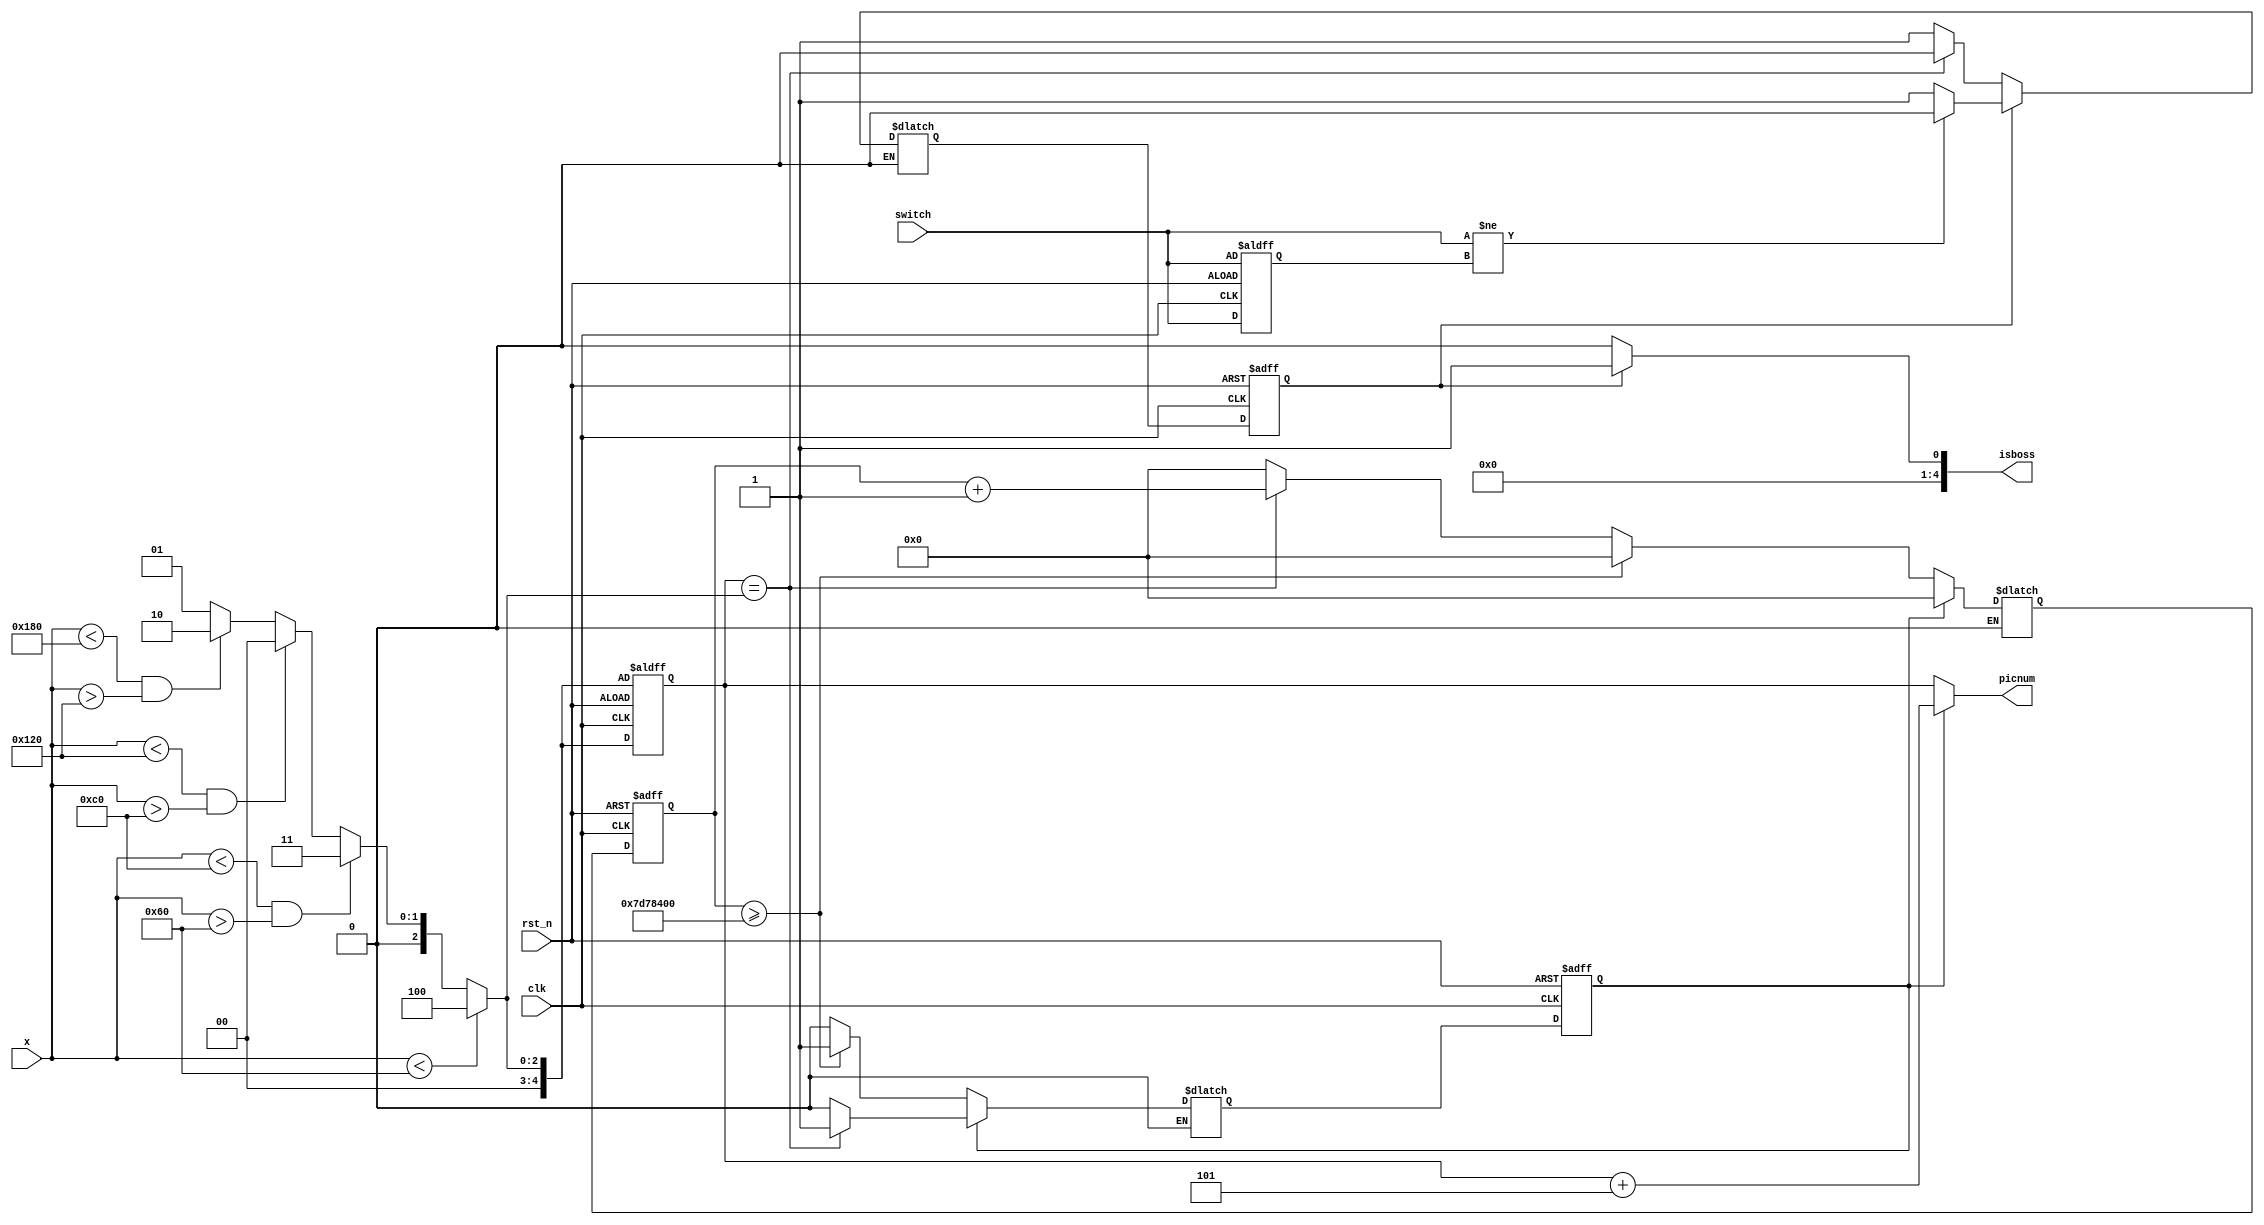
module PICselector(
                    clk,  // 50M
                    rst_n,
                    x, // 0~639
                    switch,
                    picnum,
                    isboss
                    );
    input        clk, rst_n, switch;
    input  [9:0] x;
    output [4:0] picnum, isboss;

    localparam DISPSIZE  = 10'd480;
    // localparam MAXTIME   = 27'd100;
    localparam MAXTIME   = 27'd400000000; // about 4 sec 
    // localparam MDMAXTIME = 27'd10000000; // about 0.1 sec 
    localparam M         = 5'd0; // With Smile: PICNUM plus 5
    localparam L         = 5'd1;
    localparam ML        = 5'd2;
    localparam MR        = 5'd3;
    localparam R         = 5'd4;

    localparam GAME      = 5'd0;
    localparam BOSS      = 5'd1;

    localparam NORMAL    = 1'd0;
    localparam SMILING   = 1'd1;

    localparam PLAY      = 1'd0;
    localparam WORK      = 1'd1;


    reg    [26:0] counter_r, counter_w;
    // reg    [26:0] bosscounter_r, bosscounter_w;
    // reg    [26:0] mdcounter_r, mdcounter_w; 
    reg           state_r, state_w;
    reg           bossstate_r, bossstate_w;
    reg    [4:0]  mdstate_r;
    reg           switch_r;
    wire   [4:0]  modeLR;

    // reg    [4:0]  modeLR_1_r, modeLR_1_w, modeLR_2_r, modeLR_2_w, modeLR_3_r, modeLR_3_w, modeLR_4_r, modeLR_4_w; 
    // reg    [4:0]  modeLR_5_r, modeLR_5_w, modeLR_6_r, modeLR_6_w, modeLR_7_r, modeLR_7_w, modeLR_8_r, modeLR_8_w; 
     
    // reg    [4:0]  picnum_r, picnum_w ; 

    assign modeLR = (x < DISPSIZE / 5) ? R
    : ((x < DISPSIZE / 5 * 2 && x > DISPSIZE / 5) ? MR
    : ((x < DISPSIZE / 5 * 3 && x > DISPSIZE / 5 * 2) ? M
    : ((x < DISPSIZE / 5 * 4 && x > DISPSIZE / 5 * 3) ? ML
    : L
    )));

    assign picnum = (state_r == SMILING) ? mdstate_r + 5 : mdstate_r;
    assign isboss = (bossstate_r == WORK) ? BOSS : GAME;
    // assign picnum = picnum_r;

    always@(*) begin
        if (state_r == NORMAL) begin
            if (counter_r >= MAXTIME) begin
                counter_w = 27'b0;
                state_w = SMILING;
            end
            else if (mdstate_r == modeLR) begin
                counter_w = counter_r + 1;
                state_w = NORMAL;
            end
            else begin
                counter_w = 27'b0;
                state_w = NORMAL;
            end
        end
        else if (state_r == SMILING) begin
            counter_w = 27'b0;
            if (mdstate_r == modeLR) begin
                state_w = SMILING;
            end
            else begin
                state_w = NORMAL;
            end
        end


        // Boss Detector
        if (bossstate_r == PLAY) begin
            //bosscounter_w = 27'b0;
            if (mdstate_r == modeLR) begin
                bossstate_w = PLAY;
            end
            else begin
                bossstate_w = WORK;
            end
        end
        else if (bossstate_r == WORK) begin
            // if (bosscounter_r >= MAXTIME) begin
            //     bosscounter_w = 27'b0;
            //     bossstate_w = PLAY;
            // end
            // else if (mdstate_r == modeLR) begin
            //     bosscounter_w = bosscounter_r + 1;
            //     bossstate_w = WORK;
            // end
            // else begin
            //     bosscounter_w = 27'b0;
            //     bossstate_w = WORK;
            // end
            if (switch != switch_r) begin
                bossstate_w = PLAY;
            end
            else begin
                bossstate_w = WORK;
            end
        end
    end
    always@(posedge clk or negedge rst_n) begin
        if (!rst_n) begin
            counter_r <= 27'b0;
            state_r <= NORMAL;
            mdstate_r <= modeLR;
            switch_r <= switch;
            bossstate_r <= PLAY;
            // bosscounter_r <= 27'b0;
        end
        else begin
            counter_r <= counter_w;
            state_r <= state_w;
            mdstate_r <= modeLR;
            switch_r <= switch;
            bossstate_r <= bossstate_w;
            // bosscounter_r <= bosscounter_w;
        end
    end

    // always@(*)
    //  begin
    //     modeLR_1_w = modeLR_2_r ;
    //     modeLR_2_w = modeLR_3_r ;
    //     modeLR_3_w = modeLR_4_r ;
    //     modeLR_4_w = modeLR_5_r ;
    //     modeLR_5_w = modeLR_6_r ;
    //     modeLR_6_w = modeLR_7_r ;
    //     modeLR_7_w = modeLR_8_r ;
    //     modeLR_8_w = modeLR ;
        
    //     if(modeLR_1_r == modeLR_2_r && modeLR_2_r == modeLR_3_r && modeLR_3_r == modeLR_4_r && modeLR_4_r == modeLR_5_r && modeLR_5_r == modeLR_6_r && modeLR_6_r == modeLR_7_r && modeLR_7_r == modeLR_8_r )
    //     begin
    //         picnum_w = modeLR_1_r ; 
    //     end
    //     else
    //     begin
    //         picnum_w = picnum_r ; 
    //     end 
    //  end
     
    //  always@(posedge clk)
    //  begin
    //     if(!rst_n)
    //     begin
    //         modeLR_1_r <= 0 ;
    //         modeLR_2_r <= 0 ;
    //         modeLR_3_r <= 0 ;
    //         modeLR_4_r <= 0 ;
    //         modeLR_5_r <= 0 ;
    //         modeLR_6_r <= 0 ;
    //         modeLR_7_r <= 0 ;
    //         modeLR_8_r <= 0 ;
    //         picnum_r   <= 0 ; 
    //     end
    //     else
    //     begin
    //         modeLR_1_r <= modeLR_1_w ;
    //         modeLR_2_r <= modeLR_2_w ;
    //         modeLR_3_r <= modeLR_3_w ;
    //         modeLR_4_r <= modeLR_4_w ;
    //         modeLR_5_r <= modeLR_5_w ;
    //         modeLR_6_r <= modeLR_6_w ;
    //         modeLR_7_r <= modeLR_7_w ;
    //         modeLR_8_r <= modeLR_8_w ;
    //         picnum_r   <= picnum_w   ; 
    //     end
    //  end
endmodule